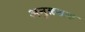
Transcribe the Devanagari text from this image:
अनुक्रम्रक